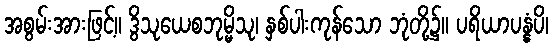
အစွမ်းအားဖြင့်။ ဒွိသုယေစဘုမ္မိသု၊ နှစ်ပါးကုန်သော ဘုံတို့၌။ ပရိယာပန္နံပိ၊